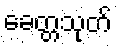
ခေတ္တသုတ်